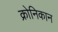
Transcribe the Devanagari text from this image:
क्रोनिकान